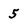
Character: 5